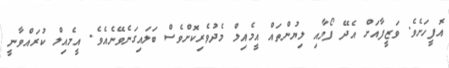
އޮފީހަށެވެ. ވަޒީފާއަށް އެދޭ ފޯމާއި ލިޔުންތައް އީމެއިލް މެދުވެރިކޮށްވެސް ބަލައިގަނެވޭނެއެވެ. އީމެއިލް ކުރައްވާނީ